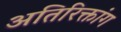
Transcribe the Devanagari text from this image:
अतिरिक्तांग